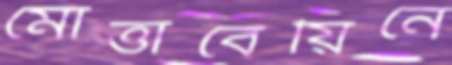
মোত্তাবেয়িনে